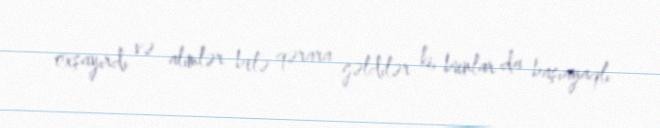
oxşayırdı və alimlər belə qərara gəldilər ki, bunlar da başıayaqlı